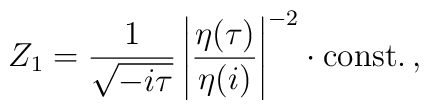
Z_1 =\frac{1}{\sqrt{-i \tau}} \left| \frac{\eta(\tau)}{\eta(i)} \right|^{-2}\cdot \mbox{const.}\,,